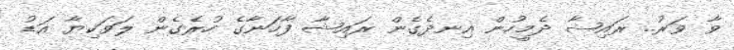
ވާ ވަރު.. ރައިޝާ ދެމީހުން އިނދެގެން ރައިޝާ ފާހަނާގެ ހުރެގެން ލަވަކިޔާ އަޑު